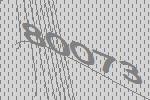
80073